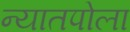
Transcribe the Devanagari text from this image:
न्यातपोला